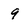
Character: 9